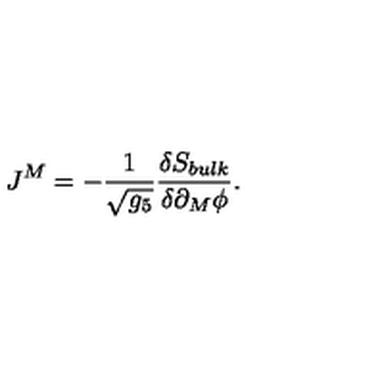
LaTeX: J ^ { M } = - \frac { 1 } { \sqrt { g _ { 5 } } } \frac { \delta S _ { b u l k } } { \delta \partial _ { M } \phi } .